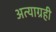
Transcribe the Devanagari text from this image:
अत्याग्रही